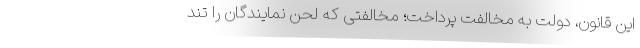
این قانون، دولت به مخالفت پرداخت؛ مخالفتی که لحن نمایندگان را تند